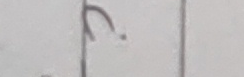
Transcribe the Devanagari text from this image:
२